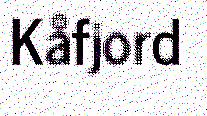
Kåfjord